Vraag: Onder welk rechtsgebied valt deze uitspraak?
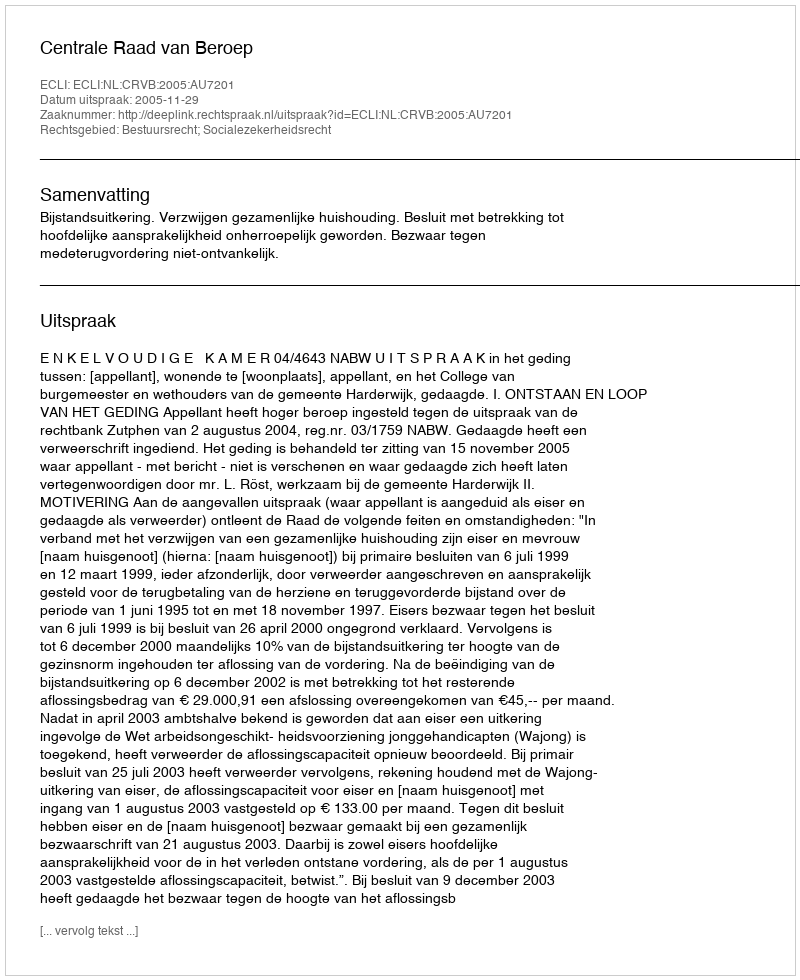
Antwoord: Bestuursrecht; Socialezekerheidsrecht